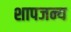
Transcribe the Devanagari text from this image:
शापजन्य